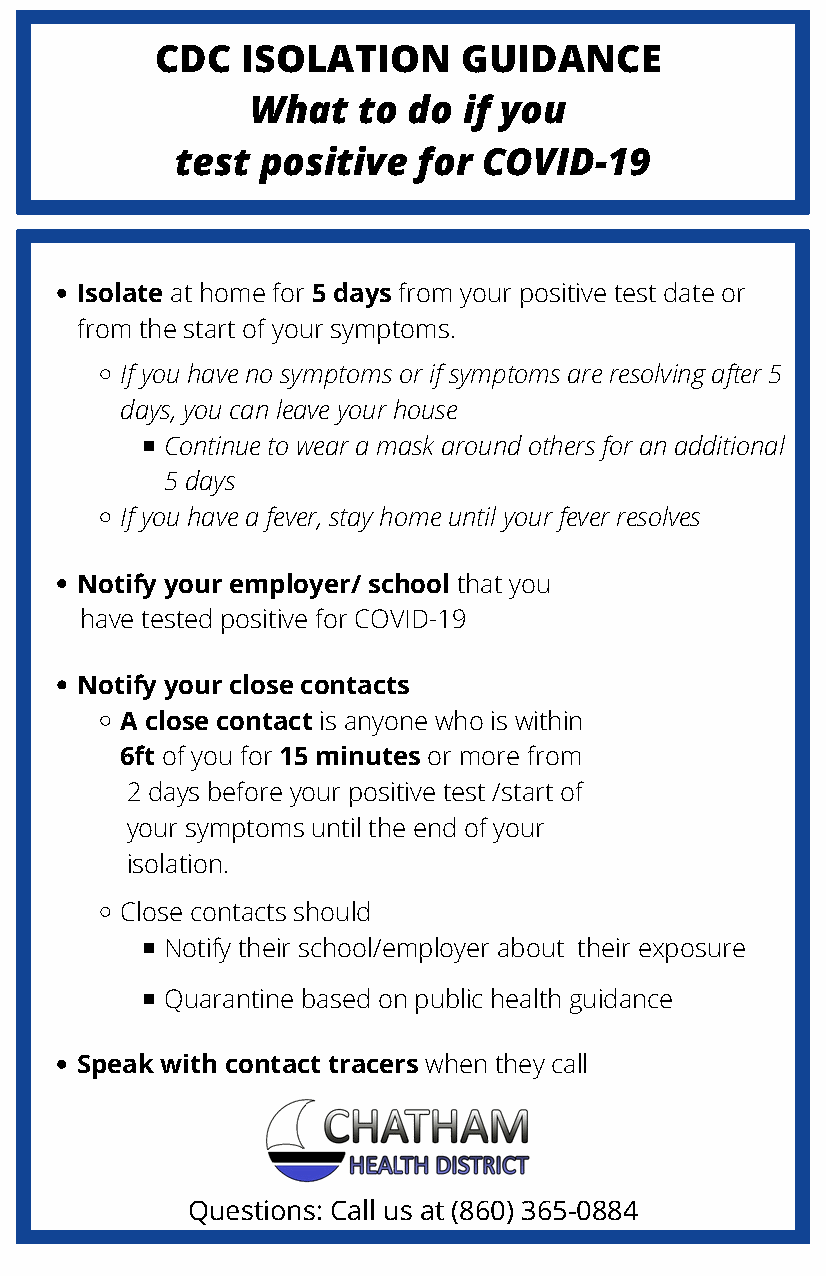
CDC   ISOLATION     GUIDANCE
 What   to do  if you
 test positive   for COVID-19
 Isolate at home for 5 days from your positive test date or
 from the start of your symptoms.
 If you have no symptoms or if symptoms are resolving after 5
 days, you can leave your house
 Continue to wear a mask around others for an additional
 5 days
 If you have a fever, stay home until your fever resolves
 Notify your employer/ school that you
 have tested positive for COVID-19
 Notify your close contacts
 A close contact is anyone who is within
 6ft of you for 15 minutes or more from
 2 days before your positive test /start of
 your symptoms until the end of your
 isolation.
 Close contacts should
 Notify their school/employer about their exposure
 Quarantine based on public health guidance
 Speak with contact tracers when they call
 Questions: Call us at (860) 365-0884